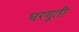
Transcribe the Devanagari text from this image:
घरगूती